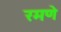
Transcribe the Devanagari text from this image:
रमणे